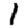
Digit: 1